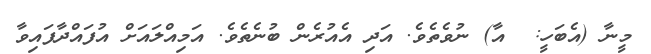
މީނާ (އެބަހީ:  އާ) ނުވެތެވެ. އަދި އެއުރެން ބުނެތެވެ. އަމިއްލައަށް އުފައްދާފައިވާ